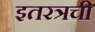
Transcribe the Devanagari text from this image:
इतरत्रची